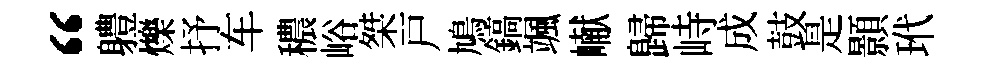
“軆爍抒车穠峪桀戸鳩鎬颯𪩘歸峙成鼓是顥玳